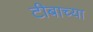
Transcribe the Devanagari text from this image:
टीबाच्या